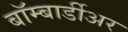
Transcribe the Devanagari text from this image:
बॉम्बार्डीअर